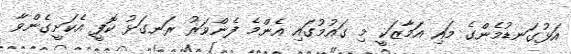
އަޅުގަނޑުމެންގެ މައި އަމާޒަކީ މި ގައުމުގައި އެންމެ ފެންވަރު ރަނގަޅު ކޮފީ އެކަށީގެންވާ